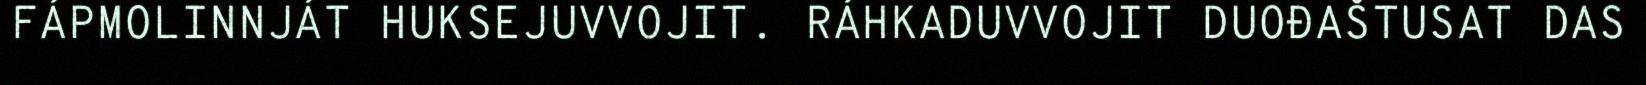
FÁPMOLINNJÁT HUKSEJUVVOJIT. RÁHKADUVVOJIT DUOĐAŠTUSAT DAS